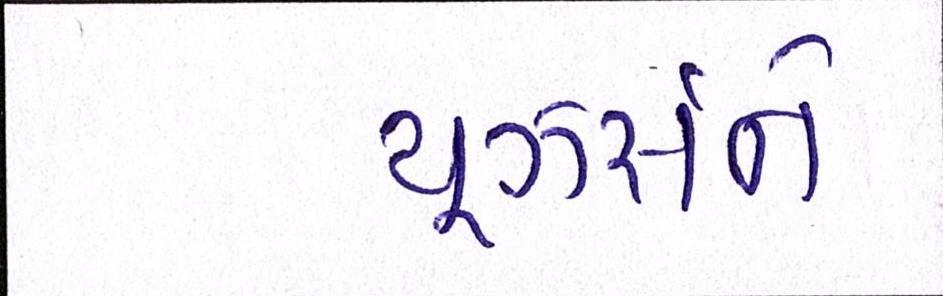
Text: યૂઝર્સને